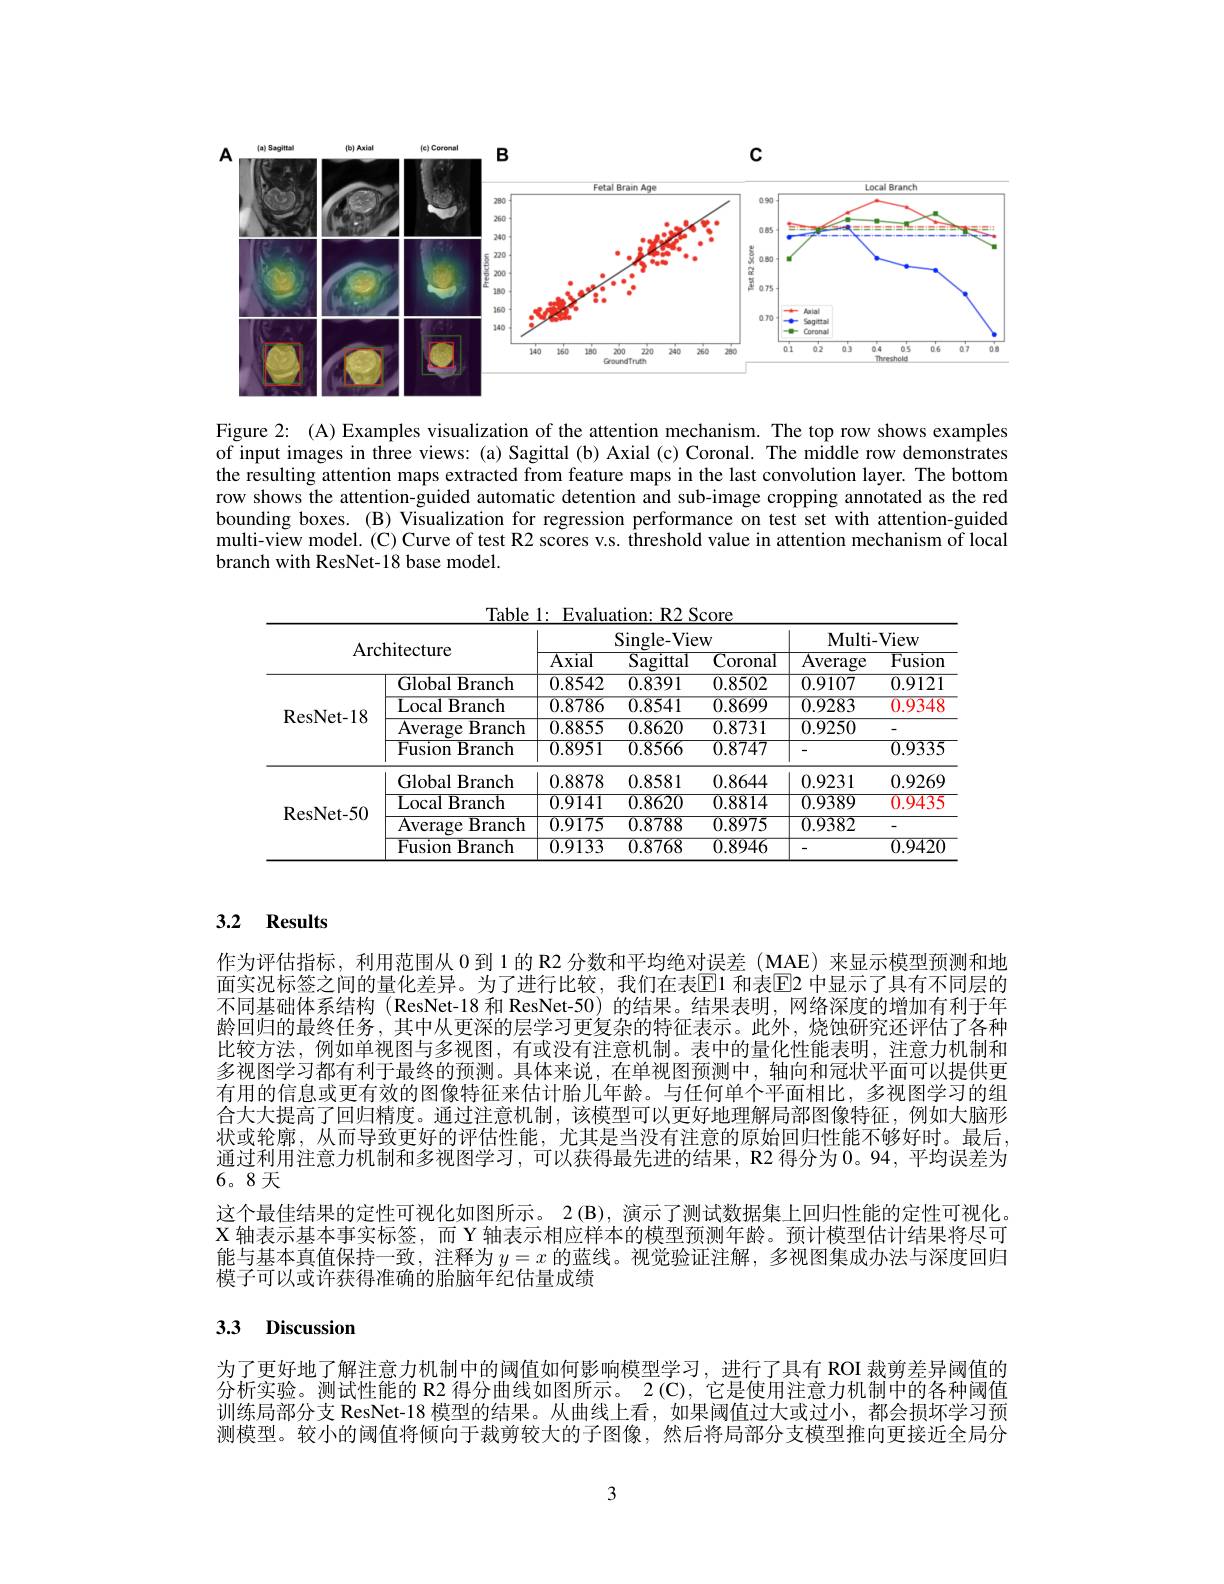
<FigureHere>

Figure 2: (A) Examples visualization of the attention mechanism. The top row shows examples of input images in three views: (a) Sagittal (b) Axial (c) Coronal. The middle row demonstrates the resulting attention maps extracted from feature maps in the last convolution layer. The bottom row shows the attention-guided automatic detention and sub-image cropping annotated as the red bounding boxes. (B) Visualization for regression performance on test set with attention-guided multi-view model.(C) Curve of test R2 scores v.s. threshold value in attention mechanism of local branch with ResNet-18 base model.

Table 1: Evaluation: R2 Score
<table>
	<tbody>
		<tr>
			<th> </th>
			<th> </th>
			<th colspan="3">Single-View</th>
			<th colspan="2">Multi- View</th>
		</tr>
		<tr>
			<th>${\mathcal{H}}\boldsymbol{U}$</th>
			<th></th>
			<th>$\overline{\mathrm{Axial}}$</th>
			<th>$\overline{\mathrm{Sagittal}}$</th>
			<th>$\overline{{\mathrm{Coronal}}}$</th>
			<th>$\overline{{\mathrm{Average}}}$</th>
			<th>$\overline{{\mathrm{Fusion}}}$</th>
		</tr>
		<tr>
			<td rowspan="4">ResNet- 18</td>
			<td>Global Branch</td>
			<td>0.8542</td>
			<td>0.8391</td>
			<td>0.8502</td>
			<td>0.9107</td>
			<td>0.9121</td>
		</tr>
		<tr>
			<td>Local $\mathbf{Branch}$ </td>
			<td>0.8786</td>
			<td>0.8541</td>
			<td>0.8699</td>
			<td>0.9283</td>
			<td>0.9348</td>
		</tr>
		<tr>
			<td>Average Branch </td>
			<td>0.8855</td>
			<td>0.8620</td>
			<td>0.8731</td>
			<td>0.9250</td>
			<td>-</td>
		</tr>
		<tr>
			<td>Fusion 11 $\mathbf{Branch}$</td>
			<td>$\overline{0.8951}$</td>
			<td>$\overline{0.8566}$</td>
			<td>0.8747</td>
			<td> </td>
			<td>$\overline{0.9335}$</td>
		</tr>
		<tr>
			<td rowspan="4">ResNet- 50</td>
			<td>Global $1Branch$ </td>
			<td>0.8878</td>
			<td>0.8581</td>
			<td>0.8644</td>
			<td>0.9231</td>
			<td>0.9269</td>
		</tr>
		<tr>
			<td>Local Branch</td>
			<td>0.9141</td>
			<td>0.8620</td>
			<td>0.8814</td>
			<td>0.9389</td>
			<td>0.9435</td>
		</tr>
		<tr>
			<td>Average ${\mathbf{c}}{\mathbf{B}}{\mathrm{ranch}}$</td>
			<td>0.9175</td>
			<td>0.8788</td>
			<td>0.8975</td>
			<td>0.9382</td>
			<td>-</td>
		</tr>
		<tr>
			<td>Fusion $\textbf{Branch}$</td>
			<td>0.9133</td>
			<td>0.8768</td>
			<td>$\overline{0.8946}$</td>
			<td> </td>
			<td>$\overline{0.9420}$</td>
		</tr>
	</tbody>
</table>

### 3.2 Results

作为评估指标，利用范围从 0 到 1 的 R2 分数和平均绝对误差 ( MAE) 来显示模型预测和地面实况标签之间的量化差异。为了进行比较，我们在表$\overline{\mathbb{E}}$1 和表$\underline{\mathbb{E}}$2 中显示了具有不同层的不同基础体系结构 (ResNet-18 和 ResNet-50) 的结果。结果表明，网络深度的增加有利于年龄回归的最终任务，其中从更深的层学习更复杂的特征表示。此外，烧蚀研究还评估了各种比较方法，例如单视图与多视图，有或没有注意机制。表中的量化性能表明，注意力机制和多视图学习都有利于最终的预测。具体来说，在单视图预测中，轴向和冠状平面可以提供更有用的信息或更有效的图像特征来估计胎儿年龄。与任何单个平面相比，多视图学习的组合大大提高了回归精度。通过注意机制，该模型可以更好地理解局部图像特征，例如大脑形状或轮廓，从而导致更好的评估性能，尤其是当没有注意的原始回归性能不够好时。最后通过利用注意力机制和多视图学习，可以获得最先进的结果，R2 得分为0。94,平均误差为6。8天
这个最佳结果的定性可视化如图所示。2(B),演示了测试数据集上回归性能的定性可视化。X 轴表示基本事实标签，而 Y 轴表示相应样本的模型预测年龄。预计模型估计结果将尽可能与基本真值保持一致，注释为$y=x$的蓝线。视觉验证注解，多视图集成办法与深度回归模子可以或许获得准确的胎脑年纪估量成绩

## 3.3 Discussion

为了更好地了解注意力机制中的阈值如何影响模型学习，进行了具有 ROI 裁剪差异阈值的分析实验。测试性能的 R2 得分曲线如图所示。2(C), 它是使用注意力机制中的各种阈值训练局部分支 ResNet-18 模型的结果。从曲线上看，如果阈值过大或过小，都会损坏学习预测模型。较小的阈值将倾向于裁剪较大的子图像，然后将局部分支模型推向更接近全局分

3